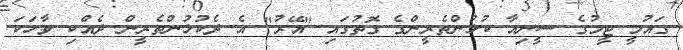
ގައުމީ ޓީމުގެ ސީނިއާ ކުޅުންތެރީންގެ ގޮތުގައި "އޭރު" އެ ދެކުޅުންތެރީން ދެއްކި ވާހަކަ